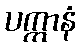
ပက္ကာနံ